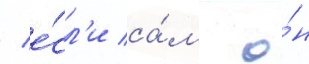
/ е́сл'и са́м о́н